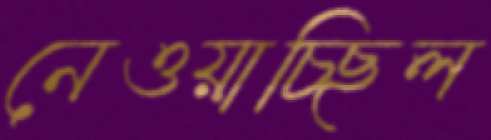
নেওয়াচ্ছিল